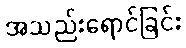
အသည်းရောင်ခြင်း